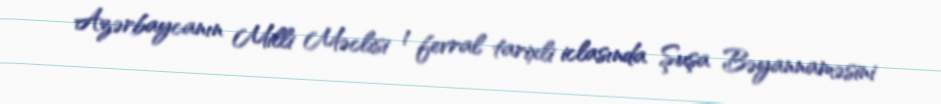
Azərbaycanın Milli Məclisi 1 fevral tarixli iclasında Şuşa Bəyannaməsini